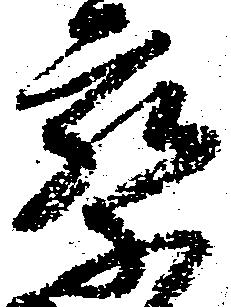
察